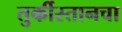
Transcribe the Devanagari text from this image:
तुर्कीस्तानचा